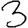
Digit: 3